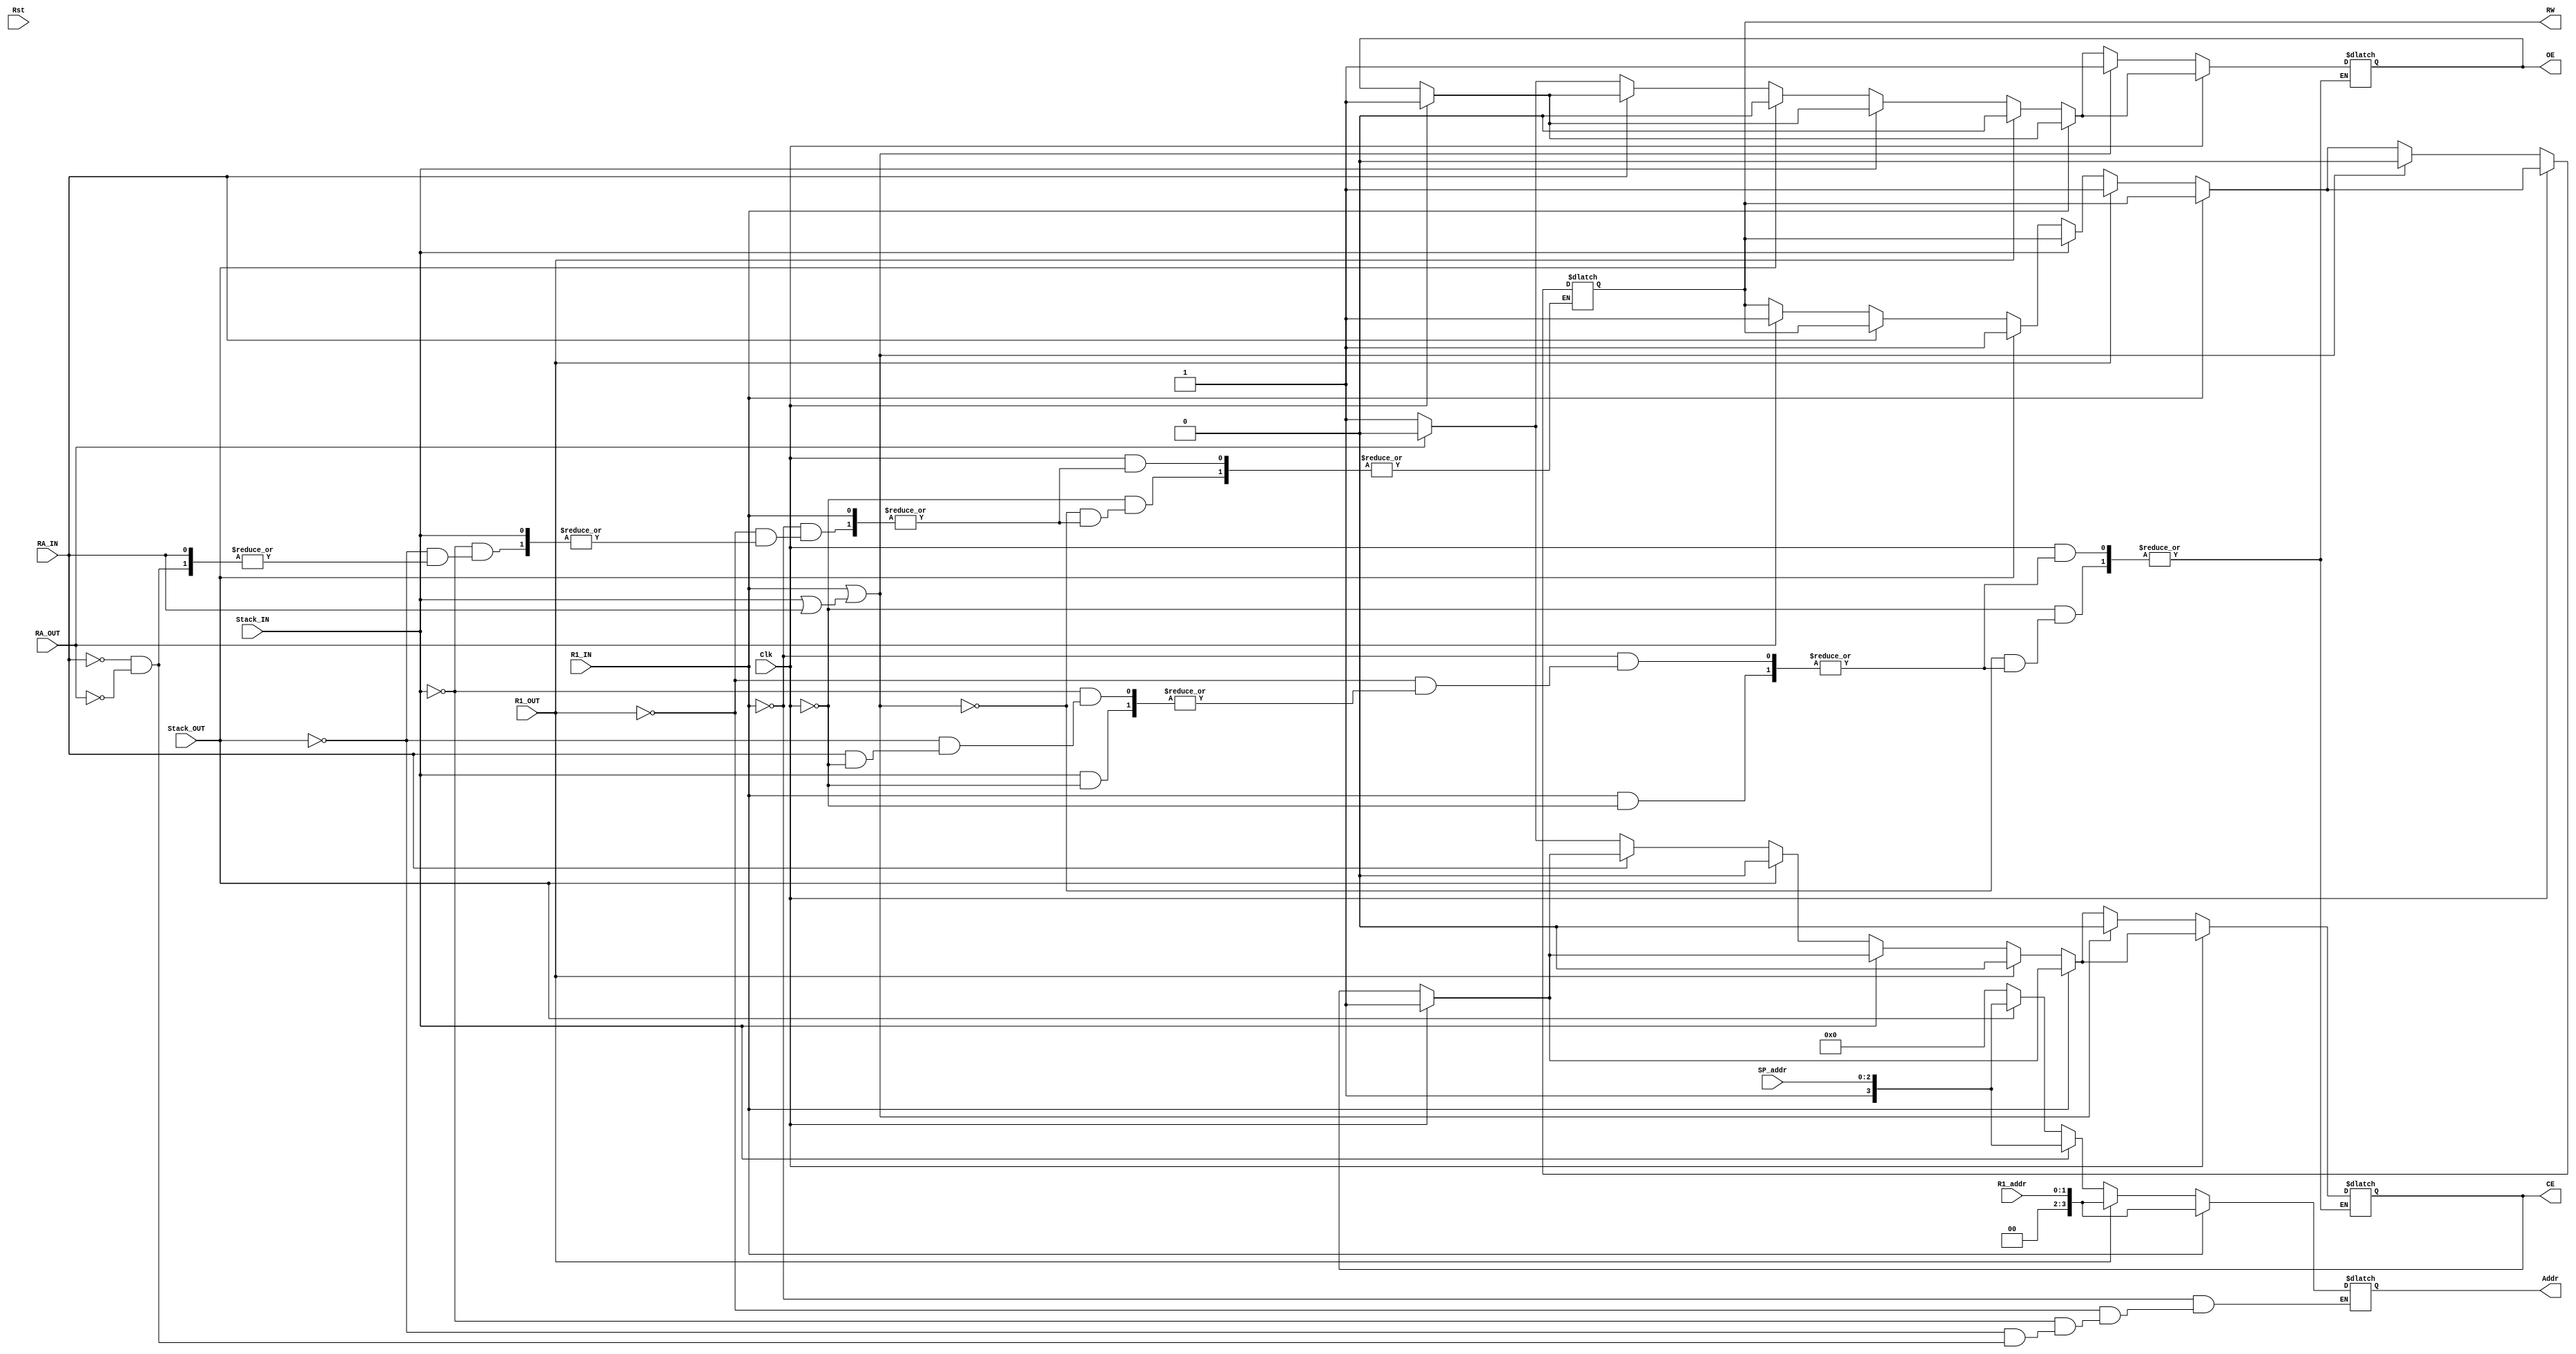
/*

R1_s is the register 1 strobe
Stack_s is the stack strobe 
RA_s is the register "a" strobe
CE is the Chip enable
RW read/write
Addr is address to SRAM

*/

// NOTE : IMPLEMENT OUTPUT ENABLE , R/W and CHIP ENABLE

module SRAM_control(Clk, Rst, R1_addr, SP_addr, R1_IN, R1_OUT, Stack_IN, Stack_OUT, RA_IN, RA_OUT, CE, OE, RW, Addr);
  
  input Clk, Rst, R1_IN, R1_OUT, Stack_IN, Stack_OUT, RA_IN, RA_OUT;
  input [1:0] R1_addr;
  input [2:0] SP_addr;
    
  output reg CE, RW, OE;
  output reg [3:0] Addr;

  always@(*)begin
    if(R1_IN==1)begin
      Addr <= {2'b00,R1_addr};
      if(Clk == 1) begin
      CE <= 1;
      OE <= 1;
      end
    end
    else if(R1_OUT==1)begin
      Addr <= {2'b00,R1_addr};
      CE <= 0;
      OE <= 0;
      RW <= 1;
    end
    else if(Stack_IN==1)begin
      Addr <= {1'b1,SP_addr};
      if(Clk == 1) begin
      CE <= 1;
      OE <= 1;
      end
    end
    else if(Stack_OUT==1)begin
      Addr <= {1'b1,SP_addr};
      CE <= 0;
      OE <= 0;
      RW <= 1;
    end
    else if(RA_IN == 1)begin
      Addr <= 4'b0000;
      if(Clk == 1) begin
      CE <= 1;
      OE <= 1;
      end
    end
    else if(RA_OUT == 1)begin
      Addr <= 4'b0000;
      CE <= 0;
      OE <= 0;
      RW <= 1;
    end
    else begin
      CE <= 1;
      OE <= 1;
    end
    
    
    if(Clk==0)begin
        if(R1_IN==1 || Stack_IN==1 | RA_IN == 1)begin
          CE <= 0;
          OE <= 1;
          RW <= 0;
        end
  end
  
    
  end
  
  
endmodule